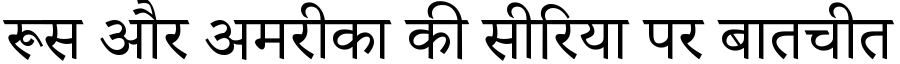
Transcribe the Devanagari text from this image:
रूस और अमरीका की सीरिया पर बातचीत